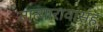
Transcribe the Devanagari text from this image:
तात्यारावांसह